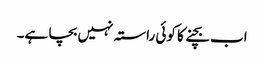
اب بچنے کا کوئی راستہ نہیں بچا ہے۔